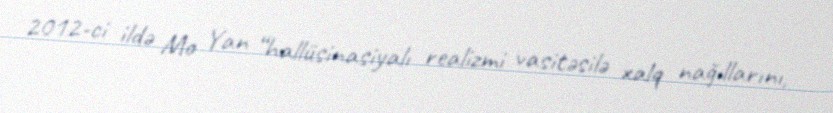
2012-ci ildə Mo Yan “hallüsinasiyalı realizmi vasitəsilə xalq nağıllarını,